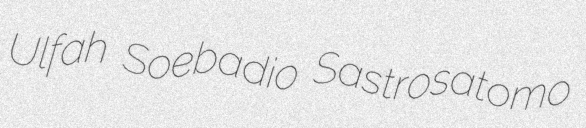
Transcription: Ulfah Soebadio Sastrosatomo